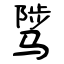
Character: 骘